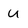
Character: U